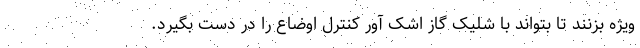
ویژه بزنند تا بتواند با شلیک گاز اشک آور کنترل اوضاع را در دست بگیرد.